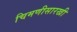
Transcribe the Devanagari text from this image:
चिमणीसारखी